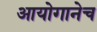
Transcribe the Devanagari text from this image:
आयोगानेच